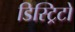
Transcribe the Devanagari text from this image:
डिस्ट्रिटो